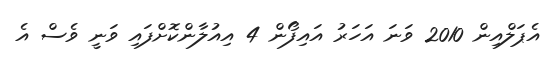
އެޕަލްއިން 2010 ވަނަ އަހަރު އައިފޯން 4 އިއުލާންކޮށްފައި ވަނީ ވެސް އެ